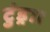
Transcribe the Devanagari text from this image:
टुंड्रा।